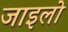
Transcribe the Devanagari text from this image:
जाइलो